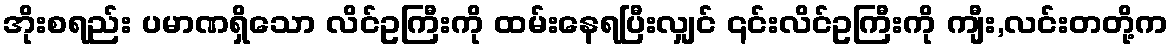
အိုးစရည်း ပမာဏရှိသော လိင်ဥကြီးကို ထမ်းနေရပြီးလျှင် ၎င်းလိင်ဥကြီးကို ကျီး,လင်းတတို့က